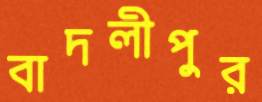
বাদলীপুর